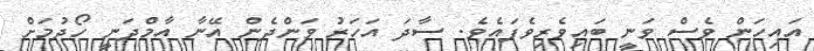
އައިހަން ވެސް ވަނީ ބައިވެރިވެފައެވެ. ސާދަ އަހަރު ވަންދެން އޭނާ އާމްދަނީ ހޯދުމަށް